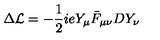
\Delta { \cal L } = - { \frac { 1 } { 2 } } i e Y _ { \mu } \bar { F } _ { \mu \nu } D Y _ { \nu } \,